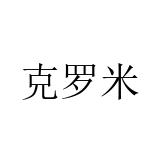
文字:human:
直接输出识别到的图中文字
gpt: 克罗米